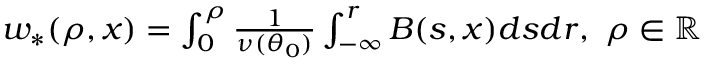
\begin{array} { r } { w _ { \ast } ( \rho , x ) = \int _ { 0 } ^ { \rho } \frac { 1 } { \nu ( \theta _ { 0 } ) } \int _ { - \infty } ^ { r } B ( s , x ) d s d r , \ \rho \in \mathbb { R } } \end{array}